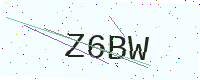
Text: Z6BW